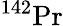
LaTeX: {}^{142}\mathrm{Pr}